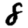
Digit: 8